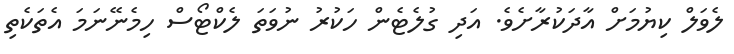
ލެވަލް ކިޔުމަށް އާދަކުރާށެވެ. އަދި ގުލެޓެން ހަކުރު ނުވަތަ ލެކްޓޯސް ހިމެނޭނަމަ އެތަކެތި